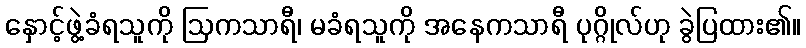
နှောင့်ဖွဲ့ခံရသူကို ဩကသာရီ၊ မခံရသူကို အနေကသာရီ ပုဂ္ဂိုလ်ဟု ခွဲပြထား၏။